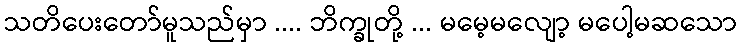
သတိပေးတော်မူသည်မှာ .... ဘိက္ခုတို့ ... မမေ့မလျော့ မပေါ့မဆသော